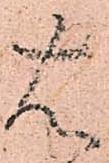
右